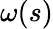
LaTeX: \omega(s)